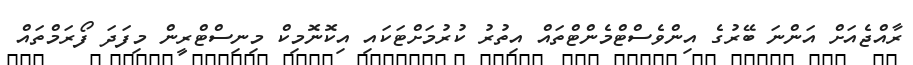
ރާއްޖެއަށް އަންނަ ބޭރުގެ އިންވެސްޓްމެންޓްތައް އިތުރު ކުރުމަށްޓަކައި އިކޮނޮމިކް މިނިސްޓްރީން މިފަދަ ފޯރަމްތައް